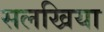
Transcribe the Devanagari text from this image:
सलखिया